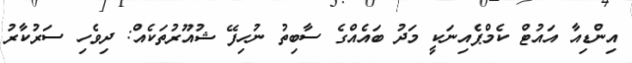
އިންޑިއާ އައުޓް ކެމްޕެއިނަކީ މަދު ބައެއްގެ ސާބިތު ނުހިފޭ ޝުއޫރުތަކެއް: ދިވެހި ސަރުކާރު